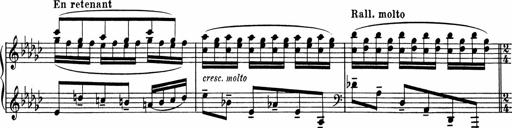
Title: Sonatine pour piano
Composer: Albert Roussel